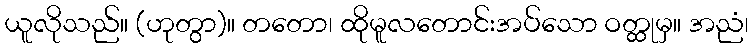
ယူလိုသည်။ (ဟုတွာ)။ တတော၊ ထိုမူလတောင်းအပ်သော ဝတ္ထုမှ။ အညံ၊